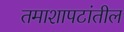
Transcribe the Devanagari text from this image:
तमाशापटांतील